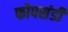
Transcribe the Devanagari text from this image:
फोपसंडी